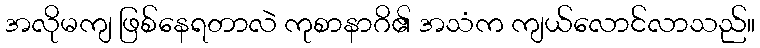
အလိုမကျ ဖြစ်နေရတာလဲ ကုစာနာဂိ၏ အသံက ကျယ်လောင်လာသည်။